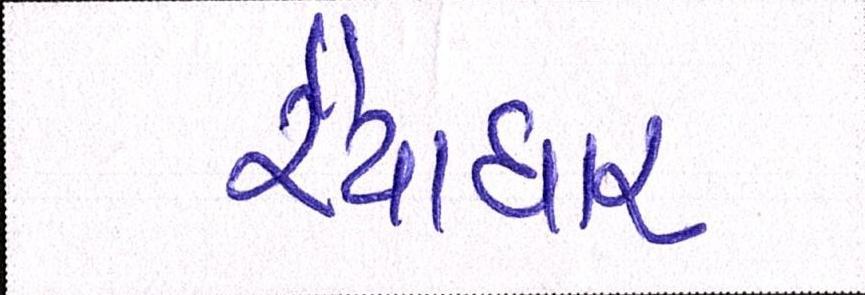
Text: રૈયાધાર